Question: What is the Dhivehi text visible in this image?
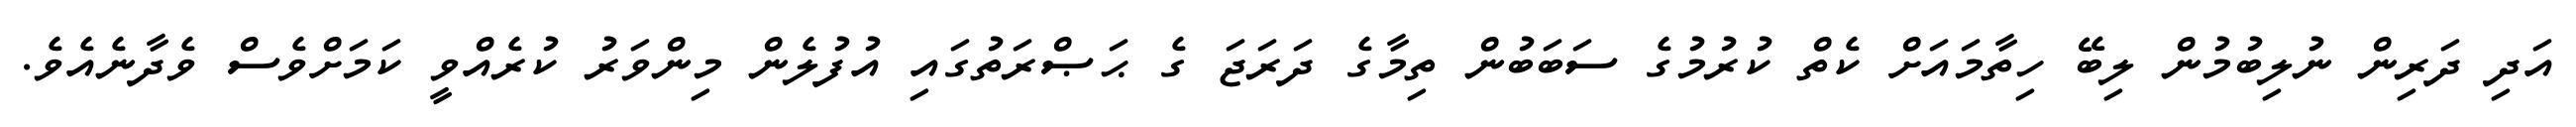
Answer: އަދި ދަރިން ނުލިބުމުން ލިބޭ ހިތާމައަށް ކެތް ކުރުމުގެ ސަބަބުން ތިމާގެ ދަރަޖަ ގެ ޙަޞްރަތުގައި އުފުލެން މިންވަރު ކުރެއްވީ ކަމަށްވެސް ވެދާނެއެވެ.